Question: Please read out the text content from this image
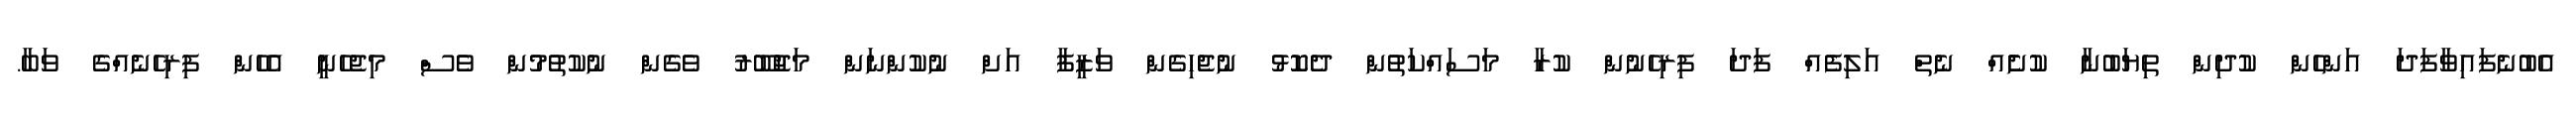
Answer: އެބުނެފައިވާފަދަ އަންހެން ކުދިން ތިޔަބުނާ ކުށެެއް ނެތް އަލިފެއް ފަދަ ފިރިހެނުން ކުރާ މަސައްކަތުން ދެކޮޅު ނުޖެހިގެން ވަޒީފާ އަށް ނުކުންނަން މަޖުބޫރު ވެގެން ނުކުތުމުން ވެސް މިޖެހެނީ އެހެން ފިރިހެނެއްގެ ވަބާ.